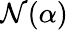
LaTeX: \mathcal{N}(\alpha)